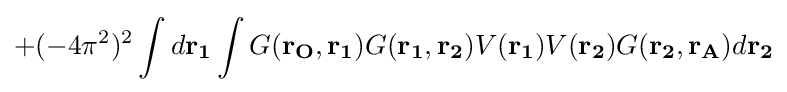
+(-4\pi ^{2})^{2}\int d\mathbf {r_{1}} \int G(\mathbf {r_{O},r_{1}} )G(\mathbf {r_{1},r_{2}} )V(\mathbf {r_{1}} )V(\mathbf {r_{2}} )G(\mathbf {r_{2},r_{A}} )d\mathbf {r_{2}}